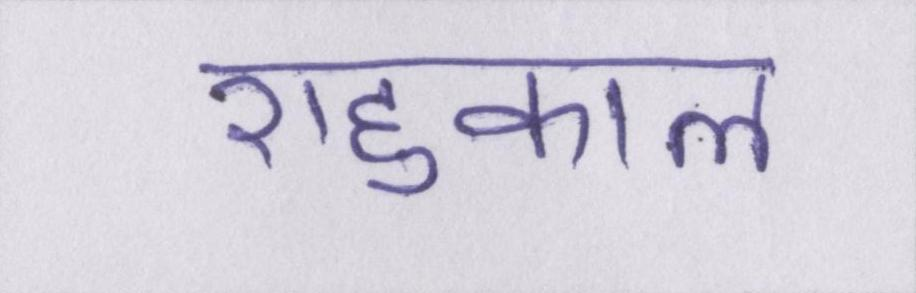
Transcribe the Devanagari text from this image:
राहुकाल